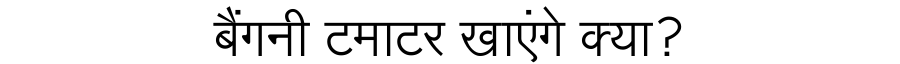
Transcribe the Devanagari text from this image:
बैंगनी टमाटर खाएंगे क्या?